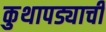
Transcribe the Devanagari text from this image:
कुथापड्याची